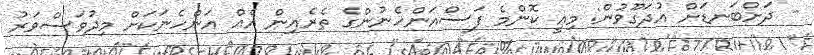
- ދަށްބަނޑަށް އުދަގޫވުން: މިއީ ކޮންމެ ފަސްއަންހެނުންގެ ތެރެއިން އެއް އަންހެނަކަށް މިދުވަސްވަރު